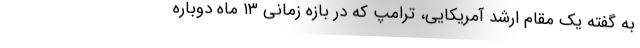
به گفته یک مقام ارشد آمریکایی، ترامپ که در بازه زمانی ۱۳ ماه دوباره